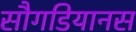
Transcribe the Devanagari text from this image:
सौगडियानस